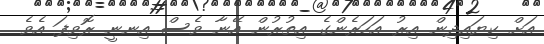
އަށް ކިޔައިދިން އިރު އަހަރެންގެ އިތުރުން އޭނާ ވެސް އިނނީ ރޮވިފަ އެވެ.